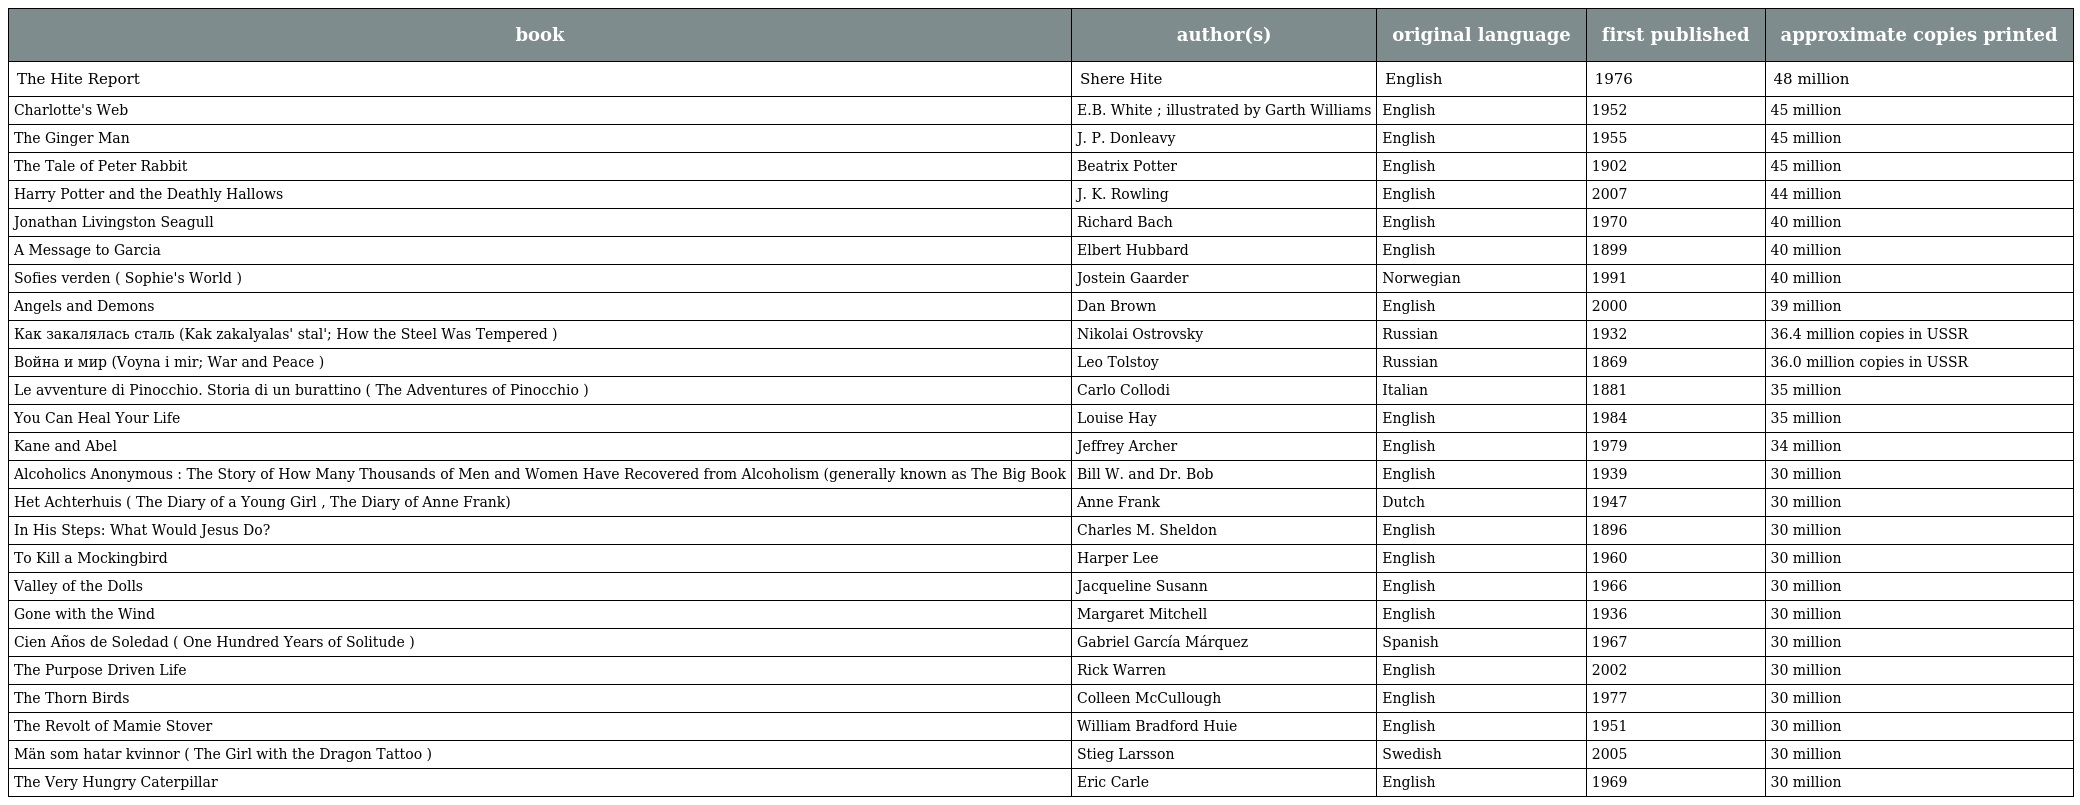
| book | author(s) | original language | first published | approximate copies printed |
 | --- | --- | --- | --- | --- |
 | The Hite Report | Shere Hite | English | 1976 | 48 million |
 | Charlotte's Web | E.B. White ; illustrated by Garth Williams | English | 1952 | 45 million |
 | The Ginger Man | J. P. Donleavy | English | 1955 | 45 million |
 | The Tale of Peter Rabbit | Beatrix Potter | English | 1902 | 45 million |
 | Harry Potter and the Deathly Hallows | J. K. Rowling | English | 2007 | 44 million |
 | Jonathan Livingston Seagull | Richard Bach | English | 1970 | 40 million |
 | A Message to Garcia | Elbert Hubbard | English | 1899 | 40 million |
 | Sofies verden ( Sophie's World ) | Jostein Gaarder | Norwegian | 1991 | 40 million |
 | Angels and Demons | Dan Brown | English | 2000 | 39 million |
 | Как закалялась сталь (Kak zakalyalas' stal'; How the Steel Was Tempered ) | Nikolai Ostrovsky | Russian | 1932 | 36.4 million copies in USSR |
 | Война и мир (Voyna i mir; War and Peace ) | Leo Tolstoy | Russian | 1869 | 36.0 million copies in USSR |
 | Le avventure di Pinocchio. Storia di un burattino ( The Adventures of Pinocchio ) | Carlo Collodi | Italian | 1881 | 35 million |
 | You Can Heal Your Life | Louise Hay | English | 1984 | 35 million |
 | Kane and Abel | Jeffrey Archer | English | 1979 | 34 million |
 | Alcoholics Anonymous : The Story of How Many Thousands of Men and Women Have Recovered from Alcoholism (generally known as The Big Book | Bill W. and Dr. Bob | English | 1939 | 30 million |
 | Het Achterhuis ( The Diary of a Young Girl , The Diary of Anne Frank) | Anne Frank | Dutch | 1947 | 30 million |
 | In His Steps: What Would Jesus Do? | Charles M. Sheldon | English | 1896 | 30 million |
 | To Kill a Mockingbird | Harper Lee | English | 1960 | 30 million |
 | Valley of the Dolls | Jacqueline Susann | English | 1966 | 30 million |
 | Gone with the Wind | Margaret Mitchell | English | 1936 | 30 million |
 | Cien Años de Soledad ( One Hundred Years of Solitude ) | Gabriel García Márquez | Spanish | 1967 | 30 million |
 | The Purpose Driven Life | Rick Warren | English | 2002 | 30 million |
 | The Thorn Birds | Colleen McCullough | English | 1977 | 30 million |
 | The Revolt of Mamie Stover | William Bradford Huie | English | 1951 | 30 million |
 | Män som hatar kvinnor ( The Girl with the Dragon Tattoo ) | Stieg Larsson | Swedish | 2005 | 30 million |
 | The Very Hungry Caterpillar | Eric Carle | English | 1969 | 30 million |